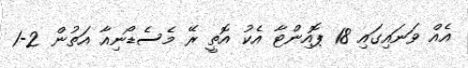
އެއް ވަނައިގައި 18 ޕޮއިންޓާ އެކު އޮތީ ރޭ މެސެޑޯނިއާ އަތުން 2-1